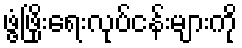
ဖွံ့ဖြိုးရေးလုပ်ငန်းများကို